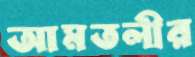
আমতলীর